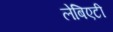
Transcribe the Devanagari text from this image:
लेबिएटी